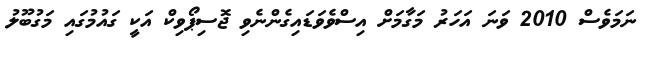
ނަމަވެސް 2010 ވަނަ އަހަރު މަގާމަށް އިސްވެވަޑައިގެންނެވި ޖޮސިޕޯވިކް އަކީ ގައުމުގައި މަގުބޫލު